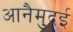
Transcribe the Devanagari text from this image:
आनैमुदई